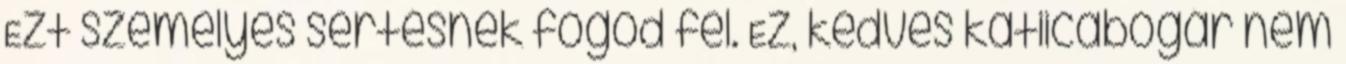
Ezt személyes sértésnek fogod fel. Ez, kedves katiicabogár nem